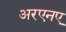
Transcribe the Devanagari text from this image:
अरएनए